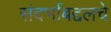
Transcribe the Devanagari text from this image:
संदर्भाबद्दलचे